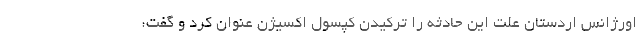
اورژانس اردستان علت این حادثه را ترکیدن کپسول اکسیژن عنوان کرد و گفت: